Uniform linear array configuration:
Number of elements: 48
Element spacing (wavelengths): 1
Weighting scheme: kaiser
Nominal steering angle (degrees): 60
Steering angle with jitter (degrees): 61.369
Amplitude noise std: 0.05
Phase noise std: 0.05

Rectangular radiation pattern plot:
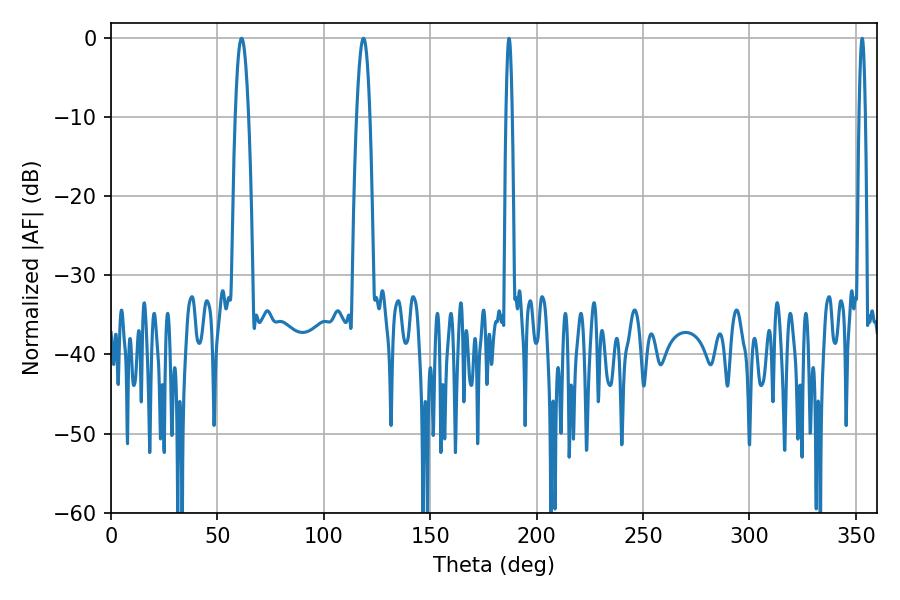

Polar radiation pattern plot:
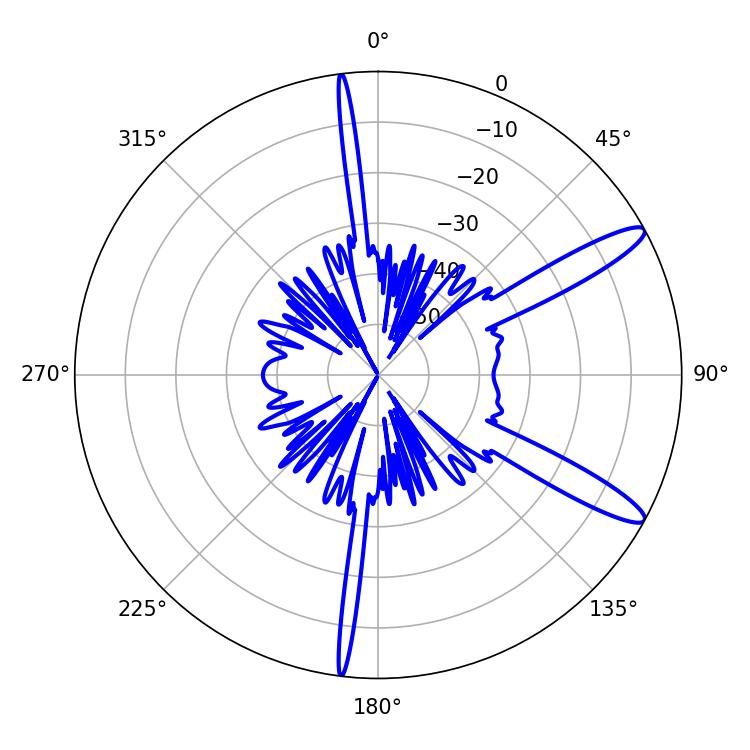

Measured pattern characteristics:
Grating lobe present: TRUE
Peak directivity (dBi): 12.699
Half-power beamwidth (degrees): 1.44
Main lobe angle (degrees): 187.02